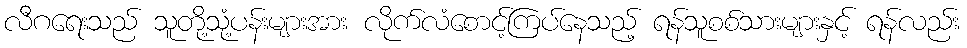
လီဂရေးသည် သူတို့သုံ့ပန်းများအား လိုက်လံစောင့်ကြပ်နေသည့် ရန်သူစစ်သားများနှင့် ရန်လည်း